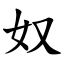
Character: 奴